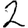
Digit: 2